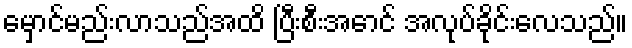
မှောင်မည်းလာသည်အထိ ပြီးစီးအောင် အလုပ်ခိုင်းလေသည်။